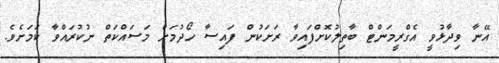
އޭނާ ވިދާޅުވީ އެގްރީމަންޓް ބާތިލުކޮށްފައިވާ ރަށަކުން ފައިސާ ހޯދުމަށް މަސައްކަތް ނުކުރައްވާ ކަމަށެވެ.